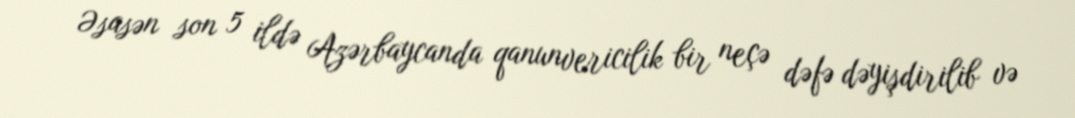
Əsasən son 5 ildə Azərbaycanda qanunvericilik bir neçə dəfə dəyişdirilib və